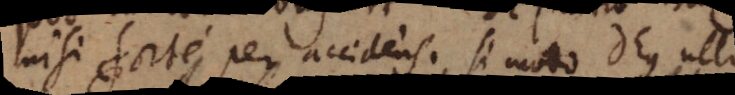
nisi forte per accidens, si modo Deus ullius